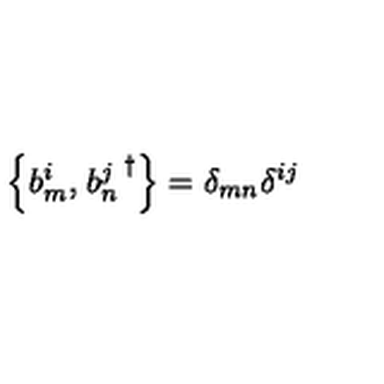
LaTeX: \left\{ b _ { m } ^ { i } , \left. b _ { n } ^ { j } \right. ^ { \dagger } \right\} = \delta _ { m n } \delta ^ { i j }